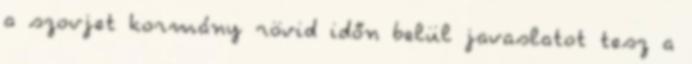
a szovjet kormány rövid időn belül javaslatot tesz a